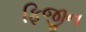
ફિજીન